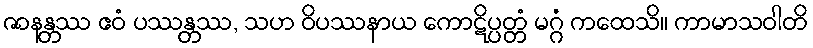
ဇာနန္တဿ ဧဝံ ပဿန္တဿ, သဟ ဝိပဿနာယ ကောဋိပ္ပတ္တံ မဂ္ဂံ ကထေသိ။ ကာမာသဝါတိ